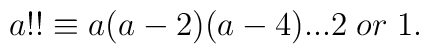
a!!\equiv a(a-2)(a-4)...2 \;or\; 1.